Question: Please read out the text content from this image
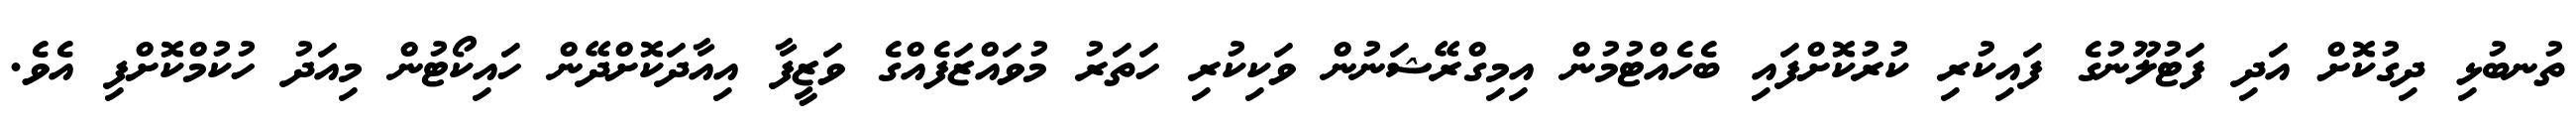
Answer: ތުނބުޅި ދިގުކޮށް އަދި ފަޓުލޫނުގެ ފައިކުރި ކުރުކޮށްފައި ބެހެއްޓުމުން އިމިގްރޭޝަނުން ވަކިކުރި ހަތަރު މުވައްޒަފެއްގެ ވަޒީފާ އިއާދަކޮށްދޭން ހައިކޯޓުން މިއަދު ހުކުމްކޮށްފި އެވެ.